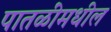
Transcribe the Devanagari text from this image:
पातळींमधील